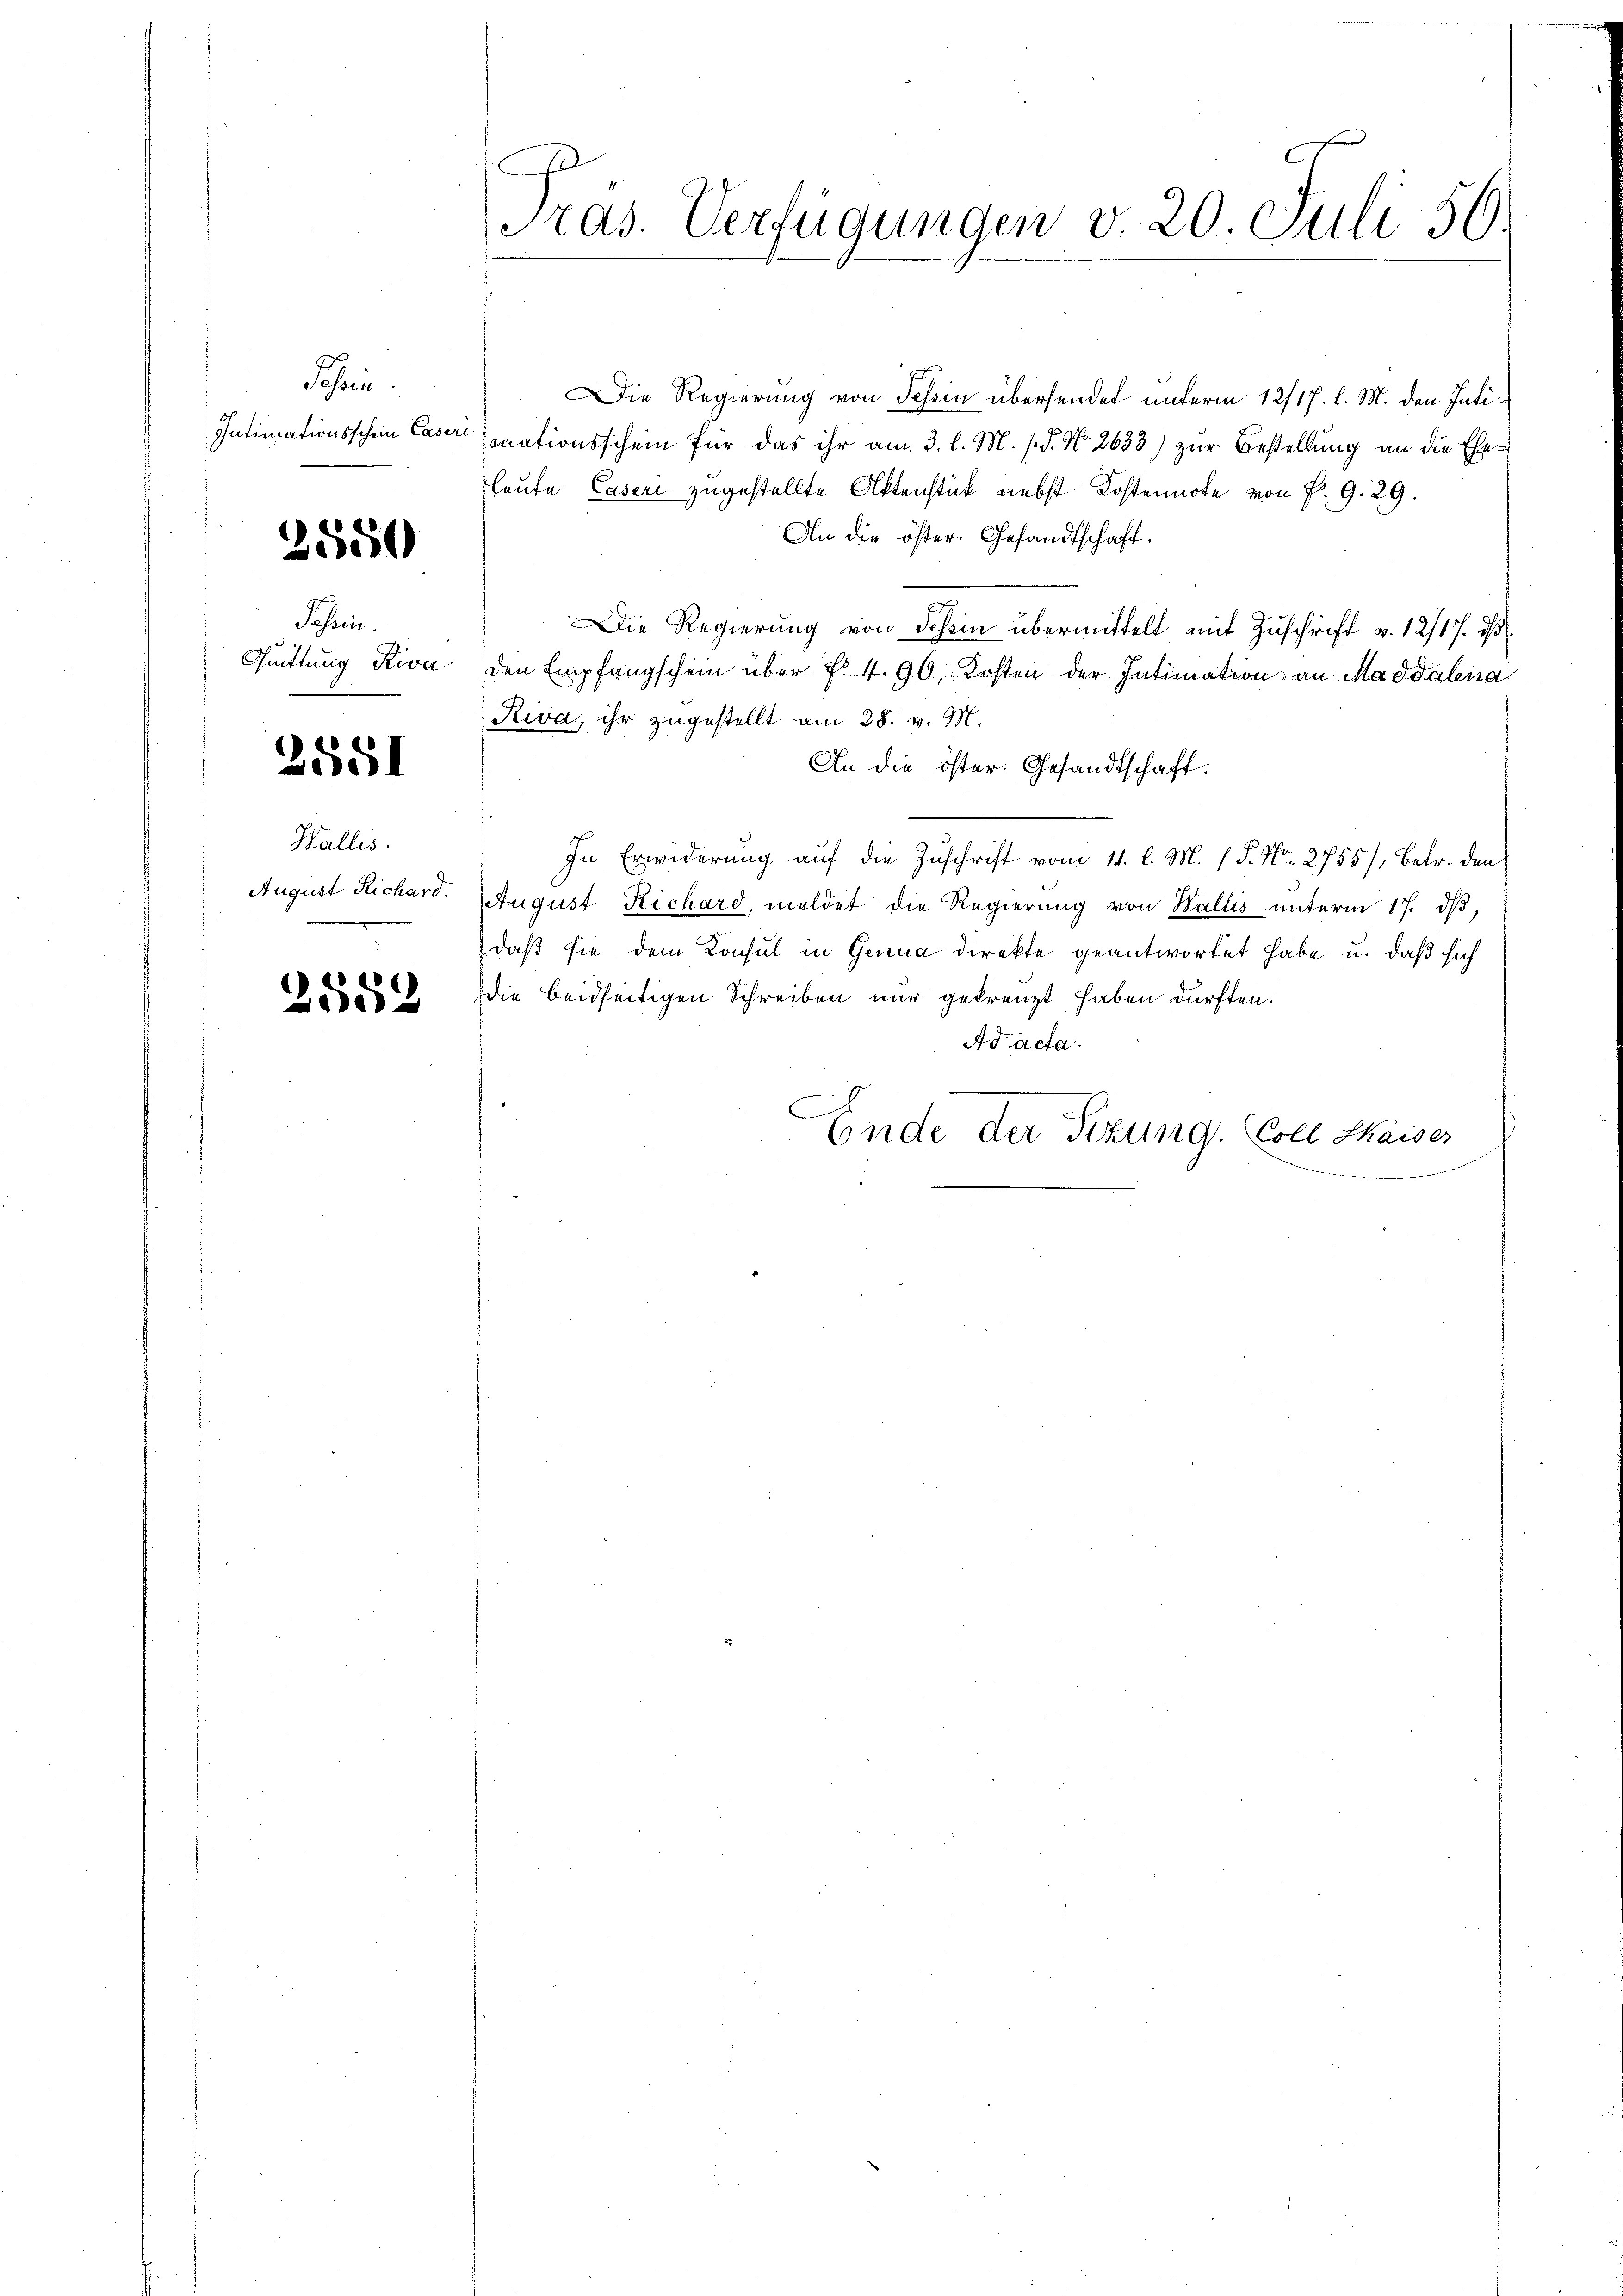
Schrei
Intimationsschein Caseri

3550

Possen.

2551

Wallis.
August Richard.

2552

Pras. Verfügungen v. 20. Juli 56.

Die Regierung von Schein übersendet unterm 12/17. l. M. den Inti¬
Conationsschein für das ihr am 3. l. M. s. S. No 2633) zur Bestellung an die Eheleute Caser zugestellte Aktenstück nebst Kostennote von P. 9. 29.
An die öster. Gesandtschaft.
Die Regierung von Schein übermittelt mit Zuschrift v. 12/17. ds
Quittung Riva den Empfangschein über f. 4. 90, Kosten der Intimation an Magdalena
Riva, ihr zugestellt am 28. v. M.
An die öster. Gesandtschaft.
In Erwiderung auf die Zuschrift vom 11. l. M. (T. No. 2755/, Betr. den
August Richard, meldet die Regierung von Wallis unterm 17. dβ,
daß sie dem Konsul in Genua direkte geantwortet habe u. daß sich
die beidseitigen Schreiben nur gekreuzt haben dürften.
Ad acta.
Ende der Sitzung. Coll Maiser